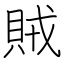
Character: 賊